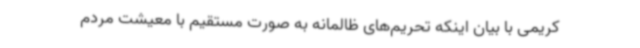
کریمی با بیان اینکه تحریم‌های ظالمانه به صورت مستقیم با معیشت مردم